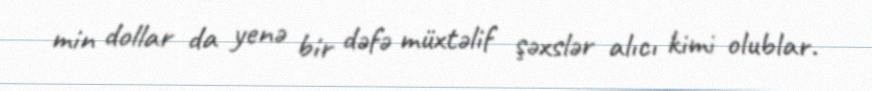
min dollar da yenə bir dəfə müxtəlif şəxslər alıcı kimi olublar.